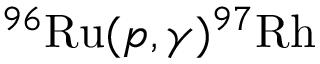
^ { 9 6 } \mathrm { R u } ( p , \ensuremath { \gamma } ) ^ { 9 7 } \mathrm { R h }